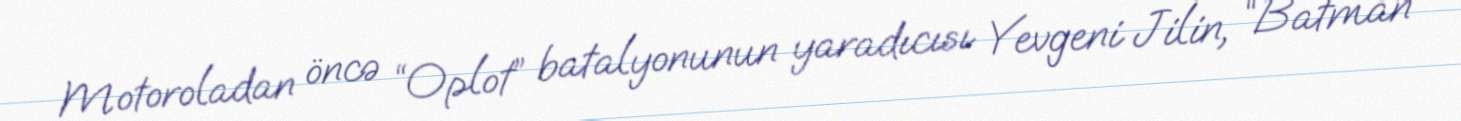
Motoroladan öncə “Oplot” batalyonunun yaradıcısı Yevgeni Jilin, “Batman”